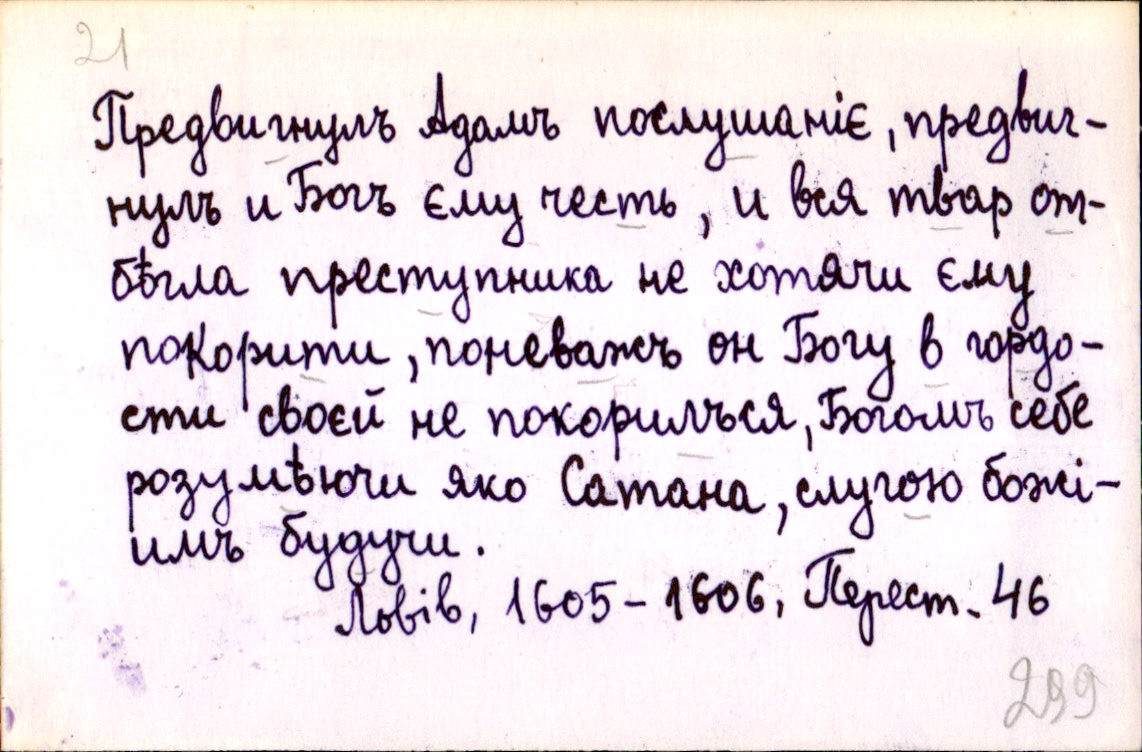
Предвигнулъ Адамъ послушаніє, предвиг-
нулъ и Богъ єму честь, и вся твар от-
бѣгла преступника не хотячи єму
покорити, поневажъ он Богу в гордо-
сти своєй не покорилъся, Богомъ себе
розумѣючи яко Сатана, слугою божі-
имъ будучи.
Львів, 1605-1606, Перест. 46